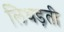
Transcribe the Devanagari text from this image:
लिथड़ती